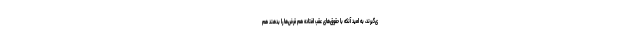
ی‌گیرند، به امید آنکه با حقوق‌های عقب افتاده هم قرض‌ها را بدهند هم